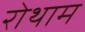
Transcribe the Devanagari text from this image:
रोथाम